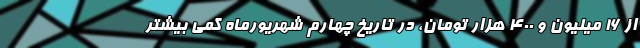
از ۱۶ میلیون و ۴۰۰ هزار تومان، در تاریخ چهارم شهریورماه کمی بیشتر